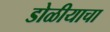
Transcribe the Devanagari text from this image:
डोळीयाचा